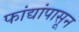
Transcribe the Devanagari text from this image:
फांद्यांपासून